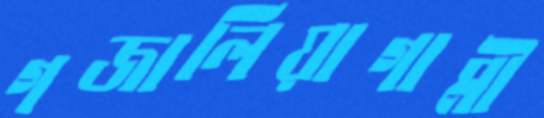
গজালিয়াগামী